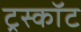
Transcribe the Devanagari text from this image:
ट्रस्कॉट